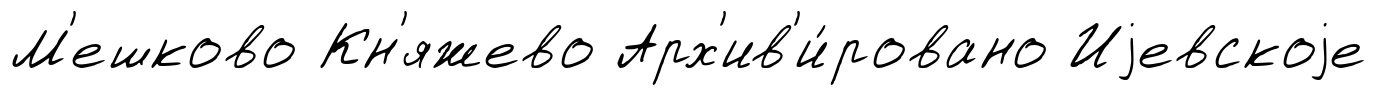
М'ешково Кн'яжево Арх'ив'и́ровано Иjевскоjе